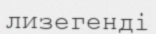
лизегенді